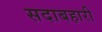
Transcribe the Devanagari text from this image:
सदाबहारी